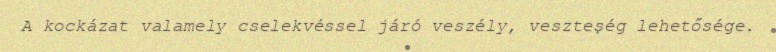
A kockázat valamely cselekvéssel járó veszély, veszteség lehetősége.